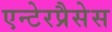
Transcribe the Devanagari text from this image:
एन्टेरप्रैसेस